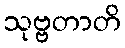
သုဗ္ဗတာတိ